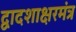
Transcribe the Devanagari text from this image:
द्वादशाक्षरमंत्र